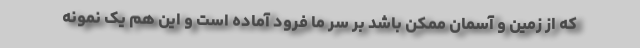
که از زمین و آسمان ممکن باشد بر سر ما فرود آماده است و این هم یک نمونه